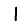
Digit: 1